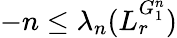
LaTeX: -n\leq\lambda_{n}(L_{r}^{G_{1}^{n}})